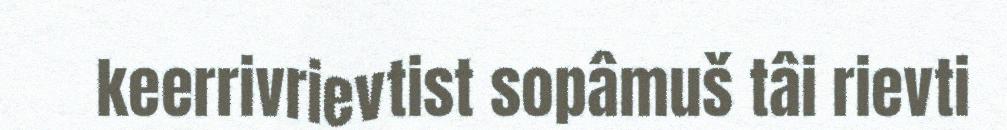
keerrivrievtist sopâmuš tâi rievti